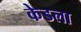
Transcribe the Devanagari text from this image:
केडला